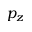
p _ { z }